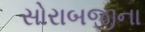
સોરાબજીના